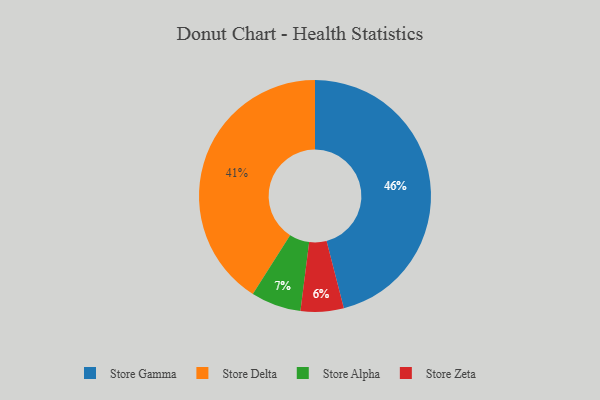
{"axis": {"x": "Category", "y": "Percentage"}, "legend": ["Store Alpha", "Store Delta", "Store Gamma", "Store Zeta"], "data": [{"x": "Store Delta", "y": 41, "type": "Store Delta"}, {"x": "Store Gamma", "y": 46, "type": "Store Gamma"}, {"x": "Store Zeta", "y": 6, "type": "Store Zeta"}, {"x": "Store Alpha", "y": 7, "type": "Store Alpha"}]}